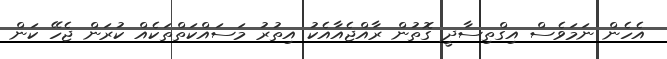
އެހެން ނަމަވެސް އިގްތިސާދީ ގޮތުން ރާއްޖެއާއެކު އިތުރު މަސައްކަތްތަކެއް ކުރަން ޖެހޭ ކަން